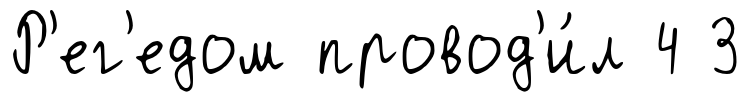
Р'ег'едом провод'и́л 4 3